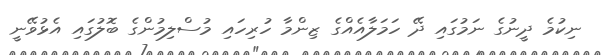
ނިކުމެ ދީނުގެ ނަމުގައި ދޭ ހަމަލާއެއްގެ ޒިންމާ ހުރިހައި މުސްލިމުންގެ ބޮލުގައި އެޅުވޭނީ